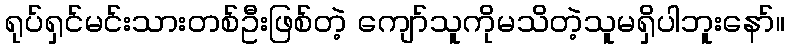
ရုပ်ရှင်မင်းသားတစ်ဦးဖြစ်တဲ့ ကျော်သူကိုမသိတဲ့သူမရှိပါဘူးနော်။